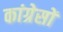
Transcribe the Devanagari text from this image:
कांग्रेसों